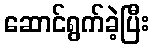
ဆောင်ရွက်ခဲ့ပြီး